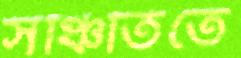
সঞ্চিতিতে